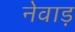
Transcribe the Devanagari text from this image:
नेवाड़